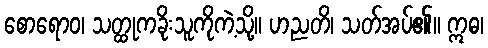
စောရောဝ၊ သတ္ထုကခိုးသူကိုကဲ့သို့။ ဟညတိ၊ သတ်အပ်၏။ ဣဓ၊